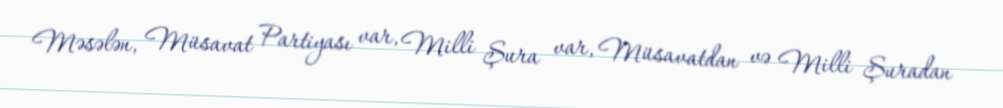
Məsələn, Müsavat Partiyası var, Milli Şura var, Müsavatdan və Milli Şuradan